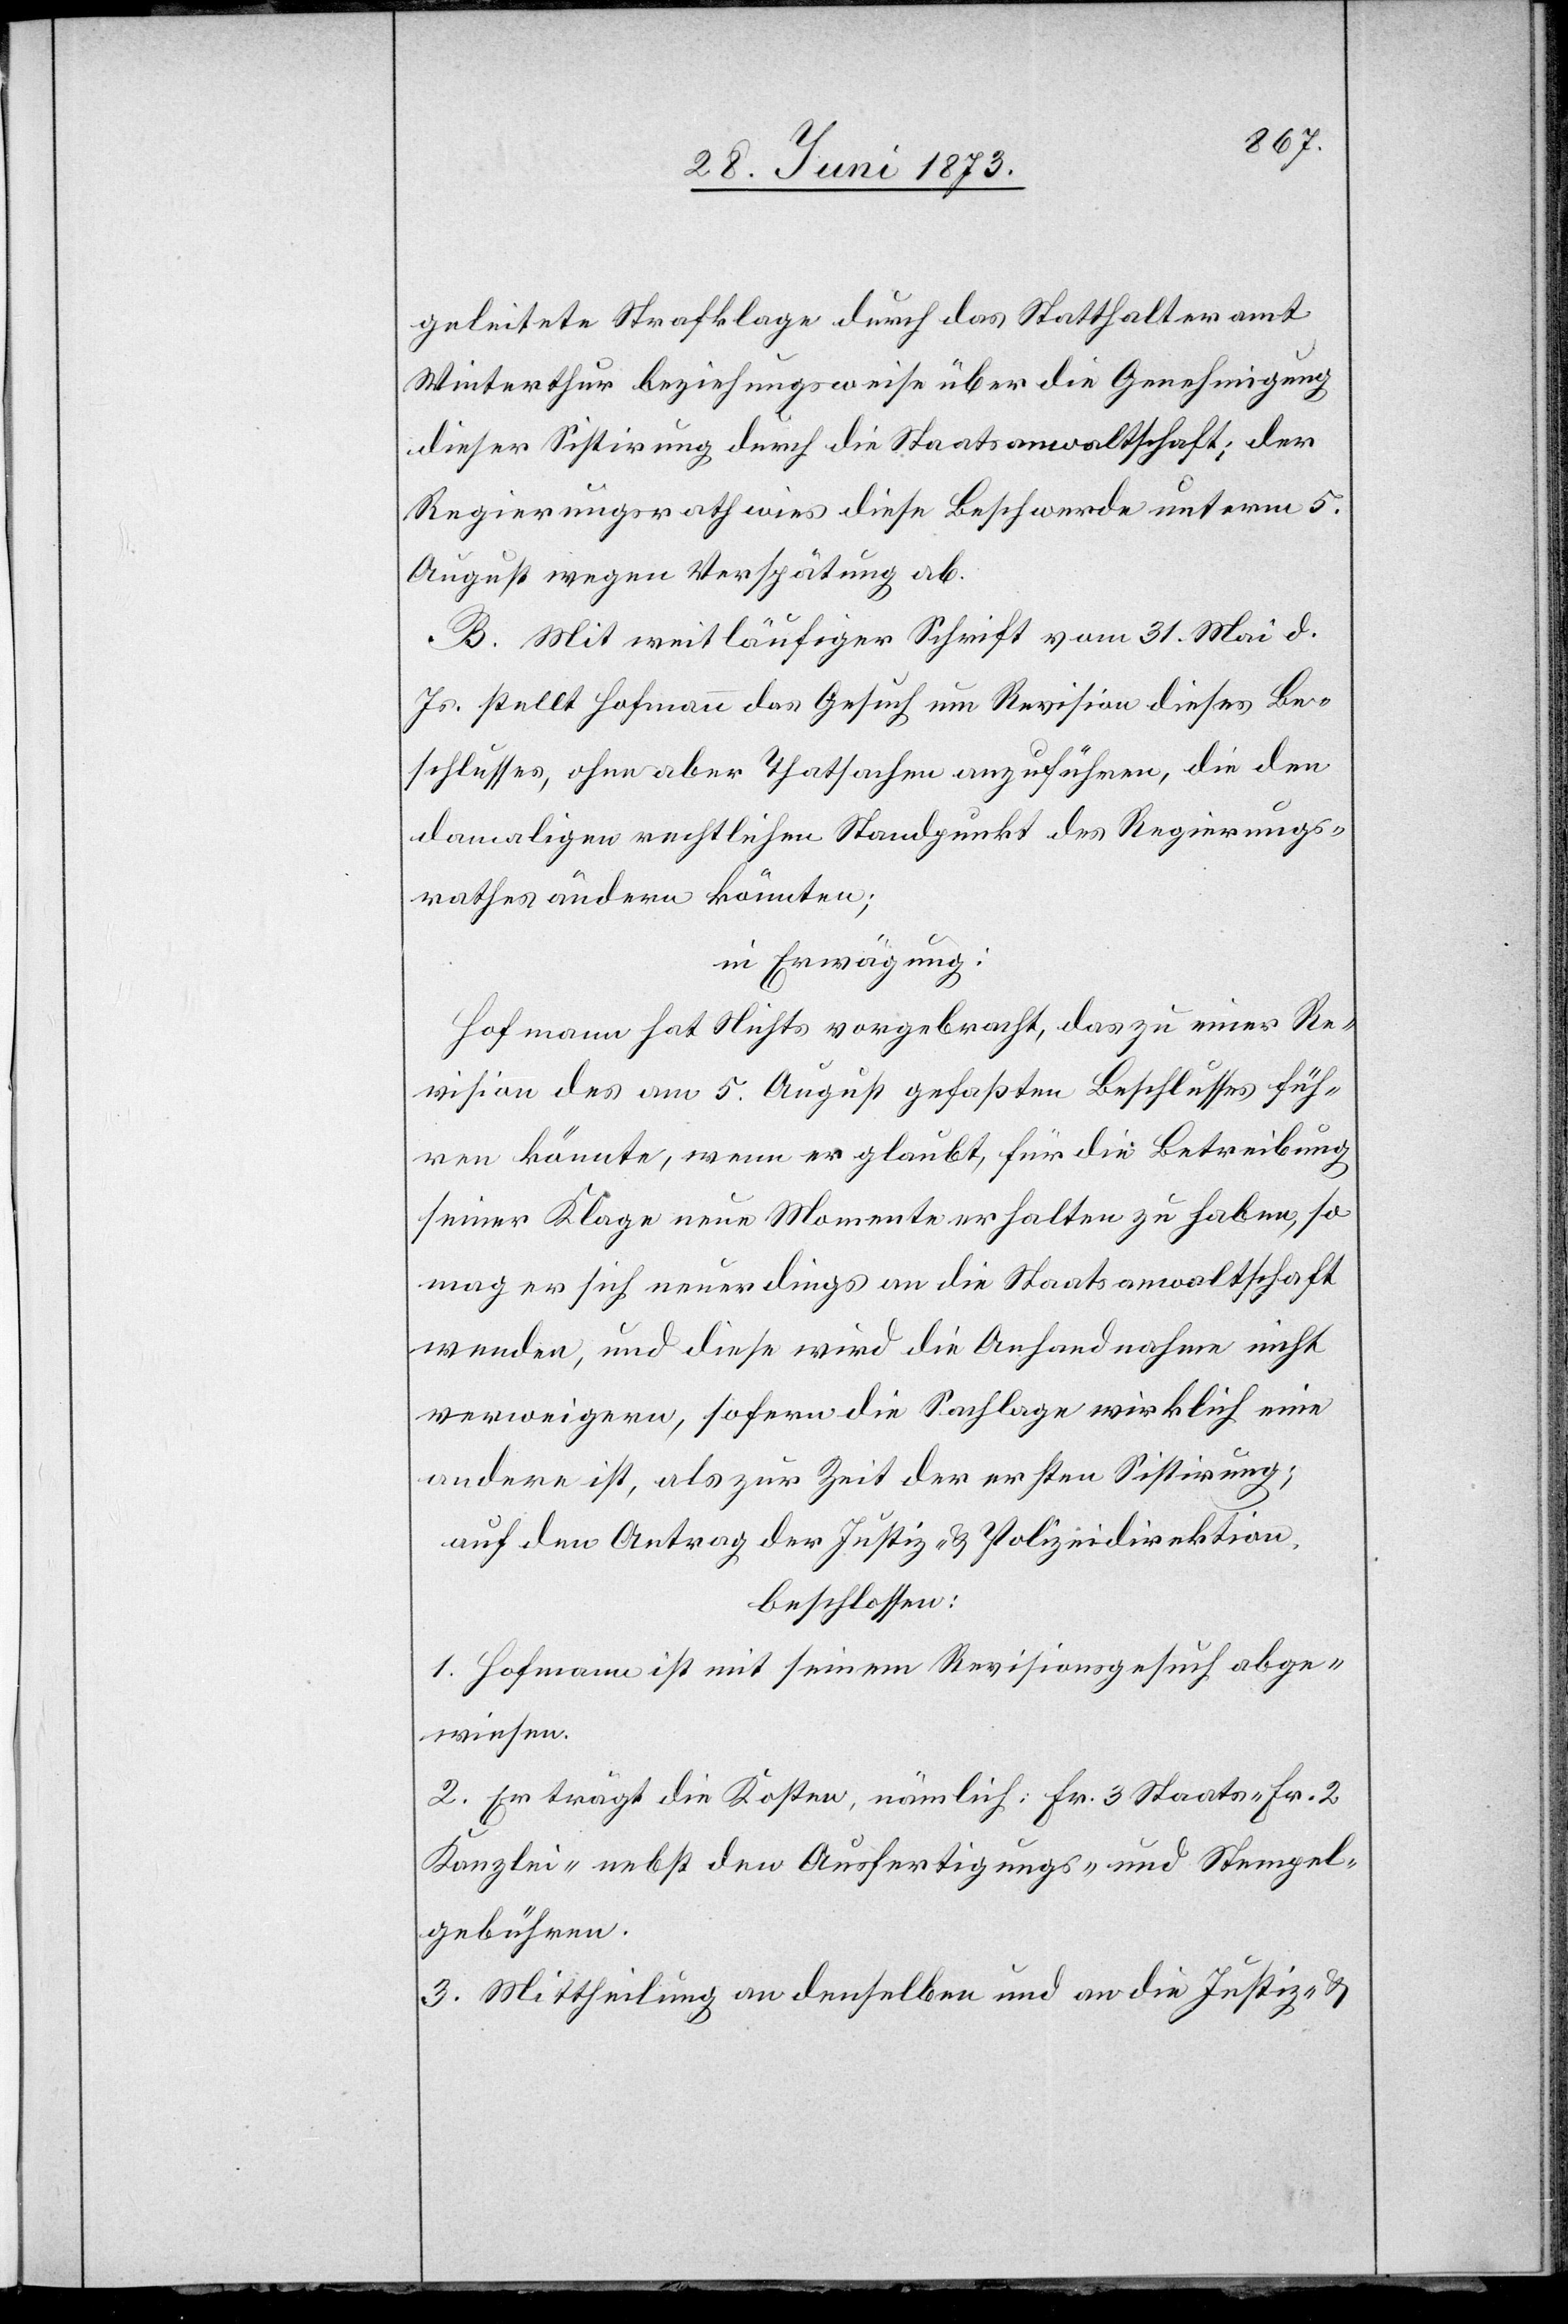
geleitete Strafklage durch das Statthalteramt
Winterthur beziehungsweise über die Genehmigung
dieser Sistirung durch die Staatsanwaltschaft; der
Regierungsrath wies diese Beschwerde unterm 5.
August wegen Verspätung ab.
B. Mit weitläufiger Schrift vom 31. Mai d.
Js. stellt Hofmann das Gesuch um Revision dieses Be¬
schlusses, ohne aber Thatsachen anzuführen, die den
damaligen rechtlichen Standpunkt des Regierungs¬
rathes ändern könnten;
in Erwägung:
Hofmann hat Nichts vorgebracht, das zu einer Re¬
vision des am 5. August gefaßten Beschlusses füh¬
ren könnte, wenn er glaubt, für die Betreibung
seiner Klage neue Momente erhalten zu haben, so
mag er sich neuerdings an die Staatsanwaltschaft
wenden, und diese wird die Anhandnahme nicht
verweigern, sofern die Sachlage wirklich eine
andere ist, als zur Zeit der ersten Sistirung;
auf den Antrag der Justiz- & Polizeidirektion,
beschlossen:
1. Hofmann ist mit seinem Revisionsgesuch abge¬
wiesen.
2. Er trägt die Kosten, nämlich: Fr. 3 Staats- Fr. 2
Kanzlei- nebst den Ausfertigungs- und Stempel¬
gebühren.
3. Mittheilung an denselben und an die Justiz- &